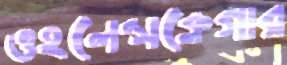
ওহলেন্সক্লেগার